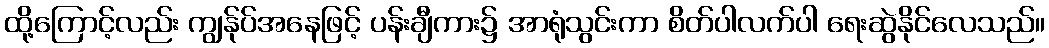
ထို့ကြောင့်လည်း ကျွန်ုပ်အနေဖြင့် ပန်းချီကား၌ အာရုံသွင်းကာ စိတ်ပါလက်ပါ ရေးဆွဲနိုင်လေသည်။